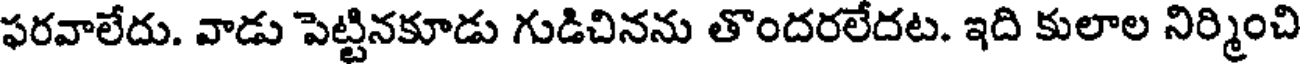
ఫరవాలేదు. వాడు పెట్టినకూడు గుడిచినను తొందరలేదట. ఇది కులాల నిర్మించి